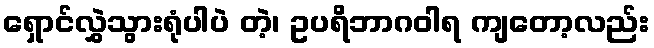
ရှောင်လွှဲသွားရုံပါပဲ တဲ့၊ ဥပရိဘာဂဝါရ ကျတော့လည်း